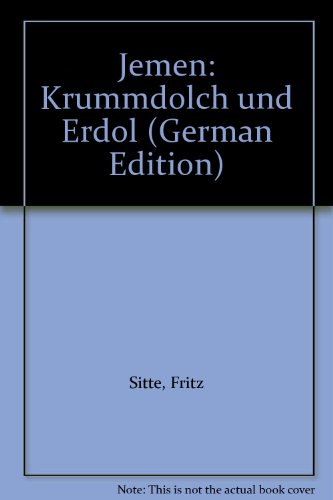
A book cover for Jemen: Krummdolch und Erdol (German Edition); Fritz Sitte; Travel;